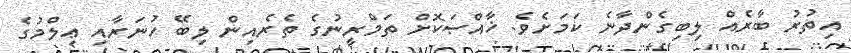
އިތުރު ބާރެއް ލިބިގެންދާނެ ކަމަށެވެ. ޚާއްޞަކޮށް ތަމްރީނުގެ ތެރެއިން ލިބޭ ހުނަރާއި ޢިލްމުގެ